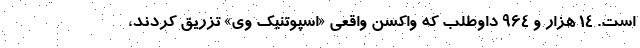
است. ۱۴ هزار و ۹۶۴ داوطلب که واکسن واقعی «اسپوتنیک وی» تزریق کردند،